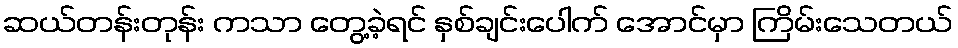
ဆယ်တန်းတုန်း ကသာ တွေ့ခဲ့ရင် နှစ်ချင်းပေါက် အောင်မှာ ကြိမ်းသေတယ်